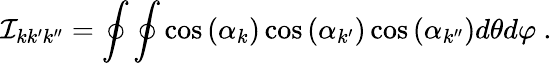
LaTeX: \mathcal{I}_{kk^{\prime}k^{\prime\prime}}=\oint\oint\cos{(\alpha_{k})}\cos{(\alpha_{k^{\prime}})}\cos{(\alpha_{k^{\prime\prime}})}d\theta d\varphi\ .